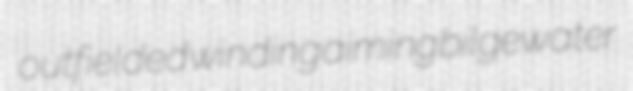
outfielded winding aiming bilgewater